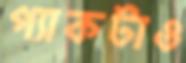
প্যাকটাও